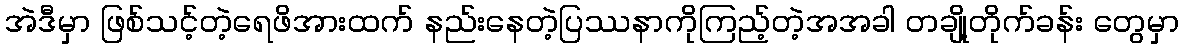
အဲဒီမှာ ဖြစ်သင့်တဲ့ရေဖိအားထက် နည်းနေတဲ့ပြဿနာကိုကြည့်တဲ့အအခါ တချို့တိုက်ခန်း တွေမှာ